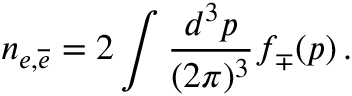
n _ { e , { \overline { { e } } } } = 2 \int \frac { d ^ { 3 } p } { ( 2 \pi ) ^ { 3 } } f _ { \mp } ( p ) \, .